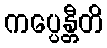
ကပ္ပေန္တီတိ